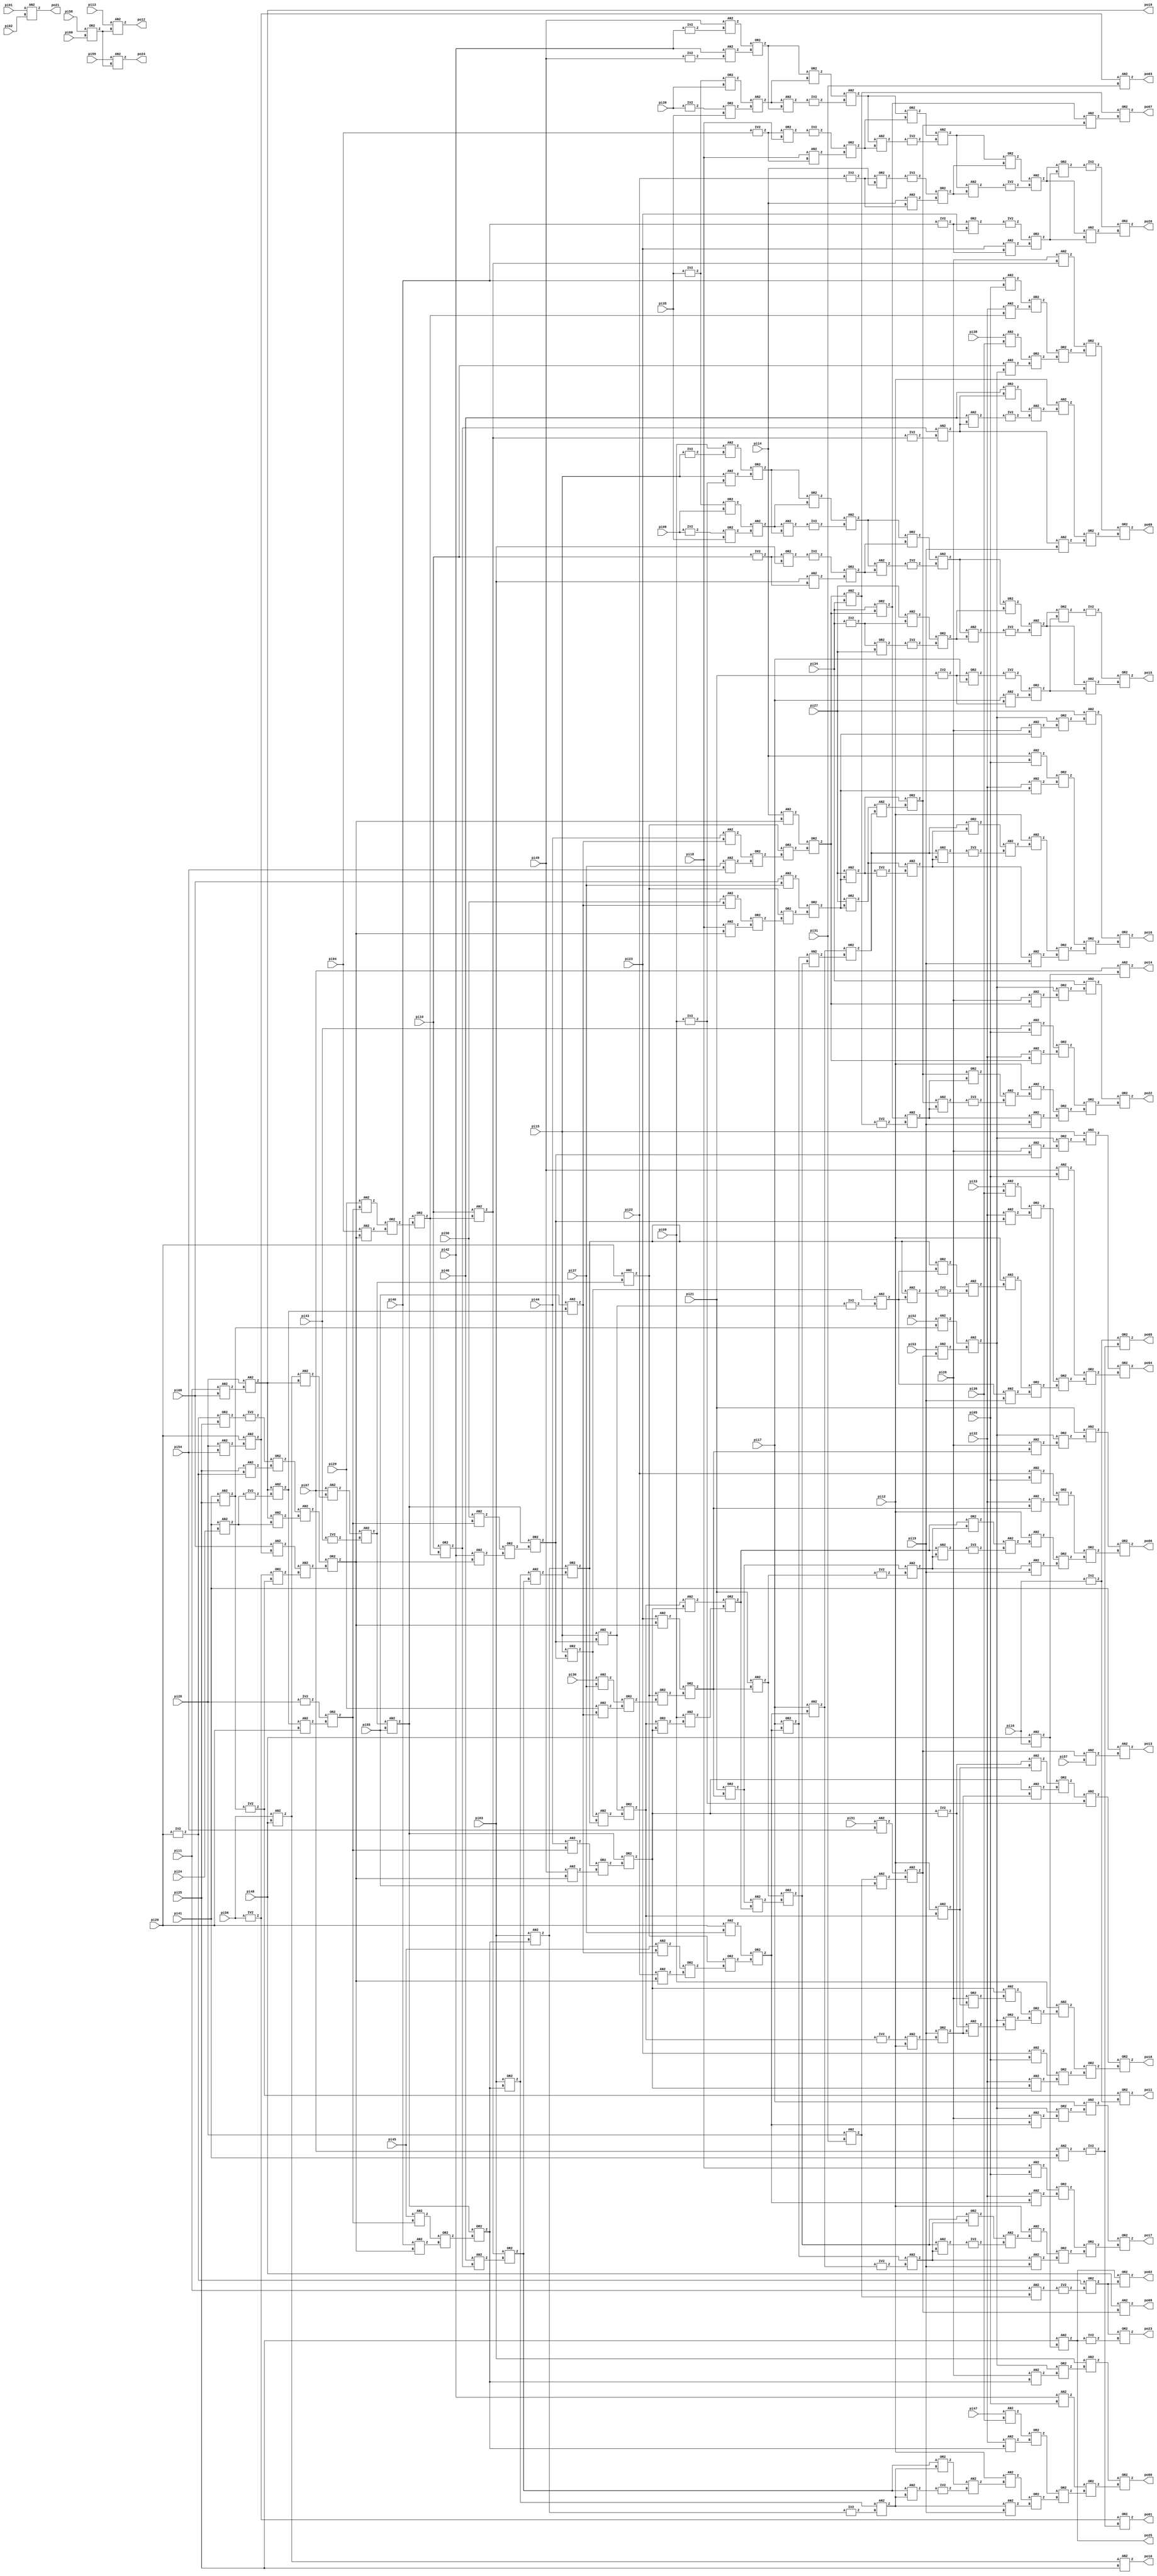
module C880_lev2(pi00, pi01, pi02, pi03, pi04, pi05, pi06, pi07, pi08, pi09, 
	pi10, pi11, pi12, pi13, pi14, pi15, pi16, pi17, pi18, pi19, 
	pi20, pi21, pi22, pi23, pi24, pi25, pi26, pi27, pi28, pi29, 
	pi30, pi31, pi32, pi33, pi34, pi35, pi36, pi37, pi38, pi39, 
	pi40, pi41, pi42, pi43, pi44, pi45, pi46, pi47, pi48, pi49, 
	pi50, pi51, pi52, pi53, pi54, pi55, pi56, pi57, pi58, pi59, 
	po00, po01, po02, po03, po04, po05, po06, po07, po08, po09, 
	po10, po11, po12, po13, po14, po15, po16, po17, po18, po19, 
	po20, po21, po22, po23, po24, po25);

input pi00, pi01, pi02, pi03, pi04, pi05, pi06, pi07, pi08, pi09, 
	pi10, pi11, pi12, pi13, pi14, pi15, pi16, pi17, pi18, pi19, 
	pi20, pi21, pi22, pi23, pi24, pi25, pi26, pi27, pi28, pi29, 
	pi30, pi31, pi32, pi33, pi34, pi35, pi36, pi37, pi38, pi39, 
	pi40, pi41, pi42, pi43, pi44, pi45, pi46, pi47, pi48, pi49, 
	pi50, pi51, pi52, pi53, pi54, pi55, pi56, pi57, pi58, pi59;

output po00, po01, po02, po03, po04, po05, po06, po07, po08, po09, 
	po10, po11, po12, po13, po14, po15, po16, po17, po18, po19, 
	po20, po21, po22, po23, po24, po25;

wire n137, n346, n364, n415, n295, n427, n351, n377, n454, n357, 
	n358, n359, n360, n361, n362, n363, n365, n366, n367, n368, 
	n369, n370, n371, n372, n373, n374, n375, n376, n378, n379, 
	n380, n381, n382, n383, n384, n385, n386, n387, n388, n389, 
	n390, n391, n392, n393, n394, n395, n396, n397, n398, n399, 
	n400, n401, n402, n403, n404, n405, n406, n407, n408, n409, 
	n410, n411, n412, n413, n414, n416, n417, n418, n419, n420, 
	n421, n422, n423, n424, n425, n426, n428, n429, n430, n431, 
	n432, n433, n434, n435, n436, n437, n438, n439, n440, n441, 
	n442, n443, n444, n445, n446, n447, n448, n449, n450, n451, 
	n452, n453, n455, n456, n457, n458, n459, n460, n461, n462, 
	n463, n464, n465, n466, n467, n468, n469, n470, n471, n472, 
	n473, n474, n475, n476, n477, n478, n479, n480, n481, n482, 
	n483, n484, n485, n486, n487, n488, n489, n490, n491, n492, 
	n493, n494, n495, n496, n497, n498, n499, n500, n501, n502, 
	n503, n504, n505, n506, n507, n508, n509, n510, n511, n512, 
	n513, n514, n515, n516, n517, n518, n519, n520, n521, n522, 
	n523, n524, n525, n526, n527, n528, n529, n530, n531, n532, 
	n533, n534, n535, n536, n537, n538, n539, n540, n541, n542, 
	n543, n544, n545, n546, n547, n548, n549, n550, n551, n552, 
	n553, n554, n555, n556, n557, n558, n559, n560, n561, n562, 
	n563, n564, n565, n566, n567, n568, n569, n570, n571, n572, 
	n573, n574, n575, n576, n577, n578, n579, n580, n581, n582, 
	n583, n584, n585, n586, n587, n588, n589, n590, n591, n592, 
	n593, n594, n595, n596, n597, n598, n599, n600, n601, n602, 
	n603, n604, n605, n606, n607, n608, n609, n610, n611, n612, 
	n613, n614, n615, n616, n617, n618, n619, n620, n621, n622, 
	n623, n624, n625, n626, n627, n628, n629, n630, n631, n632, 
	n633, n634, n635, n636, n637, n638, n639, n640, n641, n642, 
	n643, n644, n645, n646, n647, n648, n649, n650, n651, n652, 
	n653, n654, n655, n656, n657, n658, n659, n660, n661, n662, 
	n663, n664, n665, n666, n667, n668, n669, n670, n671, n672, 
	n673, n674, n675, n676, n677, n678, n679, n680, n681, n682, 
	n683, n684, n685, n686, n687, n688, n689, n690, n691, n692, 
	n693, n694, n695, n696;


assign po22 = n137;
assign po19 = n346;
assign po16 = n364;
assign po17 = n415;
assign po18 = n295;
assign po00 = n427;
assign po09 = n351;
assign po04 = n377;
assign po06 = n454;
  AN2 U371 ( .A(pi11), .B(pi08), .Z(n357));
  AN2 U372 ( .A(pi28), .B(n357), .Z(n346));
  AN2 U373 ( .A(pi41), .B(pi25), .Z(n369));
  AN2 U374 ( .A(pi52), .B(n369), .Z(n361));
  AN2 U375 ( .A(pi51), .B(pi54), .Z(n359));
  AN2 U376 ( .A(pi28), .B(pi31), .Z(n604));
  AN2 U377 ( .A(n604), .B(pi55), .Z(n358));
  AN2 U378 ( .A(n359), .B(n358), .Z(n602));
  AN2 U379 ( .A(pi53), .B(n602), .Z(n360));
  AN2 U380 ( .A(n361), .B(n360), .Z(n577));
  IV2 U381 ( .A(pi20), .Z(n607));
  OR2 U382 ( .A(n607), .B(pi25), .Z(n362));
  IV2 U383 ( .A(n362), .Z(n365));
  AN2 U384 ( .A(pi25), .B(n607), .Z(n363));
  OR2 U385 ( .A(n365), .B(n363), .Z(n367));
  AN2 U386 ( .A(pi41), .B(pi24), .Z(n378));
  AN2 U387 ( .A(n346), .B(n378), .Z(n366));
  AN2 U388 ( .A(n367), .B(n366), .Z(n373));
  AN2 U389 ( .A(pi28), .B(pi54), .Z(n368));
  AN2 U390 ( .A(pi20), .B(n368), .Z(n603));
  AN2 U391 ( .A(pi08), .B(n603), .Z(n371));
  IV2 U392 ( .A(pi56), .Z(n694));
  IV2 U393 ( .A(n369), .Z(n692));
  OR2 U394 ( .A(n694), .B(n692), .Z(n370));
  AN2 U395 ( .A(n371), .B(n370), .Z(n372));
  OR2 U396 ( .A(n373), .B(n372), .Z(n424));
  AN2 U397 ( .A(pi14), .B(n424), .Z(n384));
  AN2 U398 ( .A(pi56), .B(pi48), .Z(n608));
  AN2 U399 ( .A(n608), .B(n346), .Z(n374));
  AN2 U400 ( .A(pi07), .B(n374), .Z(n376));
  IV2 U401 ( .A(pi43), .Z(n375));
  AN2 U402 ( .A(n376), .B(n375), .Z(n406));
  AN2 U403 ( .A(pi20), .B(n406), .Z(n403));
  IV2 U404 ( .A(n378), .Z(n379));
  AN2 U405 ( .A(n346), .B(n379), .Z(n407));
  AN2 U406 ( .A(pi55), .B(n407), .Z(n399));
  AN2 U407 ( .A(pi44), .B(n399), .Z(n381));
  AN2 U408 ( .A(pi37), .B(pi54), .Z(n380));
  OR2 U409 ( .A(n381), .B(n380), .Z(n382));
  OR2 U410 ( .A(n403), .B(n382), .Z(n383));
  OR2 U411 ( .A(n384), .B(n383), .Z(n436));
  AN2 U412 ( .A(pi26), .B(n436), .Z(n385));
  OR2 U413 ( .A(n577), .B(n385), .Z(n386));
  AN2 U414 ( .A(pi34), .B(n386), .Z(n448));
  AN2 U415 ( .A(pi43), .B(pi05), .Z(n388));
  AN2 U416 ( .A(pi32), .B(n436), .Z(n387));
  OR2 U417 ( .A(n388), .B(n387), .Z(n446));
  AN2 U418 ( .A(pi08), .B(pi37), .Z(n393));
  AN2 U419 ( .A(pi50), .B(n399), .Z(n390));
  AN2 U420 ( .A(pi18), .B(n424), .Z(n389));
  OR2 U421 ( .A(n390), .B(n389), .Z(n391));
  OR2 U422 ( .A(n403), .B(n391), .Z(n392));
  OR2 U423 ( .A(n393), .B(n392), .Z(n494));
  AN2 U424 ( .A(pi27), .B(n494), .Z(n497));
  OR2 U425 ( .A(pi27), .B(n494), .Z(n499));
  AN2 U426 ( .A(pi20), .B(pi37), .Z(n398));
  AN2 U427 ( .A(pi45), .B(n399), .Z(n395));
  AN2 U428 ( .A(pi22), .B(n424), .Z(n394));
  OR2 U429 ( .A(n395), .B(n394), .Z(n396));
  OR2 U430 ( .A(n403), .B(n396), .Z(n397));
  OR2 U431 ( .A(n398), .B(n397), .Z(n536));
  AN2 U432 ( .A(pi17), .B(n536), .Z(n539));
  OR2 U433 ( .A(pi17), .B(n536), .Z(n541));
  AN2 U434 ( .A(pi23), .B(n424), .Z(n405));
  AN2 U435 ( .A(pi30), .B(pi37), .Z(n401));
  AN2 U436 ( .A(pi29), .B(n399), .Z(n400));
  OR2 U437 ( .A(n401), .B(n400), .Z(n402));
  OR2 U438 ( .A(n403), .B(n402), .Z(n404));
  OR2 U439 ( .A(n405), .B(n404), .Z(n579));
  AN2 U440 ( .A(pi21), .B(n579), .Z(n582));
  OR2 U441 ( .A(pi21), .B(n579), .Z(n584));
  AN2 U442 ( .A(n406), .B(pi55), .Z(n429));
  IV2 U443 ( .A(pi28), .Z(n409));
  AN2 U444 ( .A(n407), .B(pi20), .Z(n408));
  OR2 U445 ( .A(n409), .B(n408), .Z(n423));
  AN2 U446 ( .A(pi50), .B(n423), .Z(n411));
  AN2 U447 ( .A(pi42), .B(n424), .Z(n410));
  OR2 U448 ( .A(n411), .B(n410), .Z(n412));
  OR2 U449 ( .A(n429), .B(n412), .Z(n514));
  AN2 U450 ( .A(pi15), .B(n514), .Z(n517));
  OR2 U451 ( .A(pi15), .B(n514), .Z(n519));
  AN2 U452 ( .A(pi45), .B(n423), .Z(n414));
  AN2 U453 ( .A(pi40), .B(n424), .Z(n413));
  OR2 U454 ( .A(n414), .B(n413), .Z(n416));
  OR2 U455 ( .A(n429), .B(n416), .Z(n556));
  AN2 U456 ( .A(pi03), .B(n556), .Z(n559));
  OR2 U457 ( .A(pi03), .B(n556), .Z(n561));
  AN2 U458 ( .A(pi29), .B(n423), .Z(n418));
  AN2 U459 ( .A(pi04), .B(n424), .Z(n417));
  OR2 U460 ( .A(n418), .B(n417), .Z(n419));
  OR2 U461 ( .A(n429), .B(n419), .Z(n471));
  AN2 U462 ( .A(pi10), .B(n471), .Z(n480));
  OR2 U463 ( .A(pi10), .B(n471), .Z(n482));
  AN2 U464 ( .A(pi46), .B(n482), .Z(n420));
  OR2 U465 ( .A(n480), .B(n420), .Z(n562));
  AN2 U466 ( .A(n561), .B(n562), .Z(n421));
  OR2 U467 ( .A(n559), .B(n421), .Z(n520));
  AN2 U468 ( .A(n519), .B(n520), .Z(n422));
  OR2 U469 ( .A(n517), .B(n422), .Z(n449));
  AN2 U470 ( .A(pi44), .B(n423), .Z(n426));
  AN2 U471 ( .A(pi49), .B(n424), .Z(n425));
  OR2 U472 ( .A(n426), .B(n425), .Z(n428));
  OR2 U473 ( .A(n429), .B(n428), .Z(n464));
  AN2 U474 ( .A(n449), .B(n464), .Z(n432));
  OR2 U475 ( .A(n449), .B(n464), .Z(n430));
  AN2 U476 ( .A(pi09), .B(n430), .Z(n431));
  OR2 U477 ( .A(n432), .B(n431), .Z(n585));
  AN2 U478 ( .A(n584), .B(n585), .Z(n433));
  OR2 U479 ( .A(n582), .B(n433), .Z(n542));
  AN2 U480 ( .A(n541), .B(n542), .Z(n434));
  OR2 U481 ( .A(n539), .B(n434), .Z(n500));
  AN2 U482 ( .A(n499), .B(n500), .Z(n435));
  OR2 U483 ( .A(n497), .B(n435), .Z(n597));
  OR2 U484 ( .A(pi34), .B(n436), .Z(n598));
  AN2 U485 ( .A(n436), .B(pi34), .Z(n600));
  IV2 U486 ( .A(n600), .Z(n437));
  AN2 U487 ( .A(n598), .B(n437), .Z(n442));
  OR2 U488 ( .A(n597), .B(n442), .Z(n440));
  AN2 U489 ( .A(n597), .B(n442), .Z(n438));
  IV2 U490 ( .A(n438), .Z(n439));
  AN2 U491 ( .A(n440), .B(n439), .Z(n441));
  AN2 U492 ( .A(pi12), .B(n441), .Z(n444));
  AN2 U493 ( .A(n442), .B(pi19), .Z(n443));
  OR2 U494 ( .A(n444), .B(n443), .Z(n445));
  OR2 U495 ( .A(n446), .B(n445), .Z(n447));
  OR2 U496 ( .A(n448), .B(n447), .Z(n137));
  IV2 U497 ( .A(n464), .Z(n459));
  AN2 U498 ( .A(pi12), .B(n449), .Z(n456));
  AN2 U499 ( .A(n459), .B(n456), .Z(n453));
  IV2 U500 ( .A(n449), .Z(n450));
  AN2 U501 ( .A(n450), .B(pi12), .Z(n451));
  OR2 U502 ( .A(pi19), .B(n451), .Z(n458));
  AN2 U503 ( .A(n464), .B(n458), .Z(n452));
  OR2 U504 ( .A(n453), .B(n452), .Z(n455));
  IV2 U505 ( .A(pi09), .Z(n612));
  AN2 U506 ( .A(n455), .B(n612), .Z(n470));
  OR2 U507 ( .A(pi26), .B(n456), .Z(n457));
  AN2 U508 ( .A(n464), .B(n457), .Z(n462));
  AN2 U509 ( .A(n459), .B(n458), .Z(n460));
  OR2 U510 ( .A(n577), .B(n460), .Z(n461));
  OR2 U511 ( .A(n462), .B(n461), .Z(n463));
  AN2 U512 ( .A(pi09), .B(n463), .Z(n468));
  AN2 U513 ( .A(pi23), .B(pi05), .Z(n466));
  AN2 U514 ( .A(pi32), .B(n464), .Z(n465));
  OR2 U515 ( .A(n466), .B(n465), .Z(n467));
  OR2 U516 ( .A(n468), .B(n467), .Z(n469));
  OR2 U517 ( .A(n470), .B(n469), .Z(n295));
  AN2 U518 ( .A(pi26), .B(n480), .Z(n479));
  AN2 U519 ( .A(pi40), .B(pi05), .Z(n473));
  AN2 U520 ( .A(pi32), .B(n471), .Z(n472));
  OR2 U521 ( .A(n473), .B(n472), .Z(n477));
  AN2 U522 ( .A(pi38), .B(pi36), .Z(n475));
  AN2 U523 ( .A(pi10), .B(n577), .Z(n474));
  OR2 U524 ( .A(n475), .B(n474), .Z(n476));
  OR2 U525 ( .A(n477), .B(n476), .Z(n478));
  OR2 U526 ( .A(n479), .B(n478), .Z(n491));
  IV2 U527 ( .A(n480), .Z(n481));
  AN2 U528 ( .A(n482), .B(n481), .Z(n487));
  OR2 U529 ( .A(pi46), .B(n487), .Z(n485));
  AN2 U530 ( .A(pi46), .B(n487), .Z(n483));
  IV2 U531 ( .A(n483), .Z(n484));
  AN2 U532 ( .A(n485), .B(n484), .Z(n486));
  AN2 U533 ( .A(pi12), .B(n486), .Z(n489));
  AN2 U534 ( .A(n487), .B(pi19), .Z(n488));
  OR2 U535 ( .A(n489), .B(n488), .Z(n490));
  OR2 U536 ( .A(n491), .B(n490), .Z(n351));
  AN2 U537 ( .A(pi26), .B(n494), .Z(n492));
  OR2 U538 ( .A(n577), .B(n492), .Z(n493));
  AN2 U539 ( .A(pi27), .B(n493), .Z(n511));
  AN2 U540 ( .A(pi14), .B(pi05), .Z(n496));
  AN2 U541 ( .A(pi32), .B(n494), .Z(n495));
  OR2 U542 ( .A(n496), .B(n495), .Z(n509));
  IV2 U543 ( .A(n497), .Z(n498));
  AN2 U544 ( .A(n499), .B(n498), .Z(n505));
  OR2 U545 ( .A(n500), .B(n505), .Z(n503));
  AN2 U546 ( .A(n500), .B(n505), .Z(n501));
  IV2 U547 ( .A(n501), .Z(n502));
  AN2 U548 ( .A(n503), .B(n502), .Z(n504));
  AN2 U549 ( .A(pi12), .B(n504), .Z(n507));
  AN2 U550 ( .A(n505), .B(pi19), .Z(n506));
  OR2 U551 ( .A(n507), .B(n506), .Z(n508));
  OR2 U552 ( .A(n509), .B(n508), .Z(n510));
  OR2 U553 ( .A(n511), .B(n510), .Z(n364));
  AN2 U554 ( .A(pi26), .B(n514), .Z(n512));
  OR2 U555 ( .A(n577), .B(n512), .Z(n513));
  AN2 U556 ( .A(pi15), .B(n513), .Z(n533));
  AN2 U557 ( .A(pi49), .B(pi05), .Z(n531));
  AN2 U558 ( .A(pi33), .B(pi36), .Z(n516));
  AN2 U559 ( .A(pi32), .B(n514), .Z(n515));
  OR2 U560 ( .A(n516), .B(n515), .Z(n529));
  IV2 U561 ( .A(n517), .Z(n518));
  AN2 U562 ( .A(n519), .B(n518), .Z(n525));
  OR2 U563 ( .A(n520), .B(n525), .Z(n523));
  AN2 U564 ( .A(n520), .B(n525), .Z(n521));
  IV2 U565 ( .A(n521), .Z(n522));
  AN2 U566 ( .A(n523), .B(n522), .Z(n524));
  AN2 U567 ( .A(pi12), .B(n524), .Z(n527));
  AN2 U568 ( .A(n525), .B(pi19), .Z(n526));
  OR2 U569 ( .A(n527), .B(n526), .Z(n528));
  OR2 U570 ( .A(n529), .B(n528), .Z(n530));
  OR2 U571 ( .A(n531), .B(n530), .Z(n532));
  OR2 U572 ( .A(n533), .B(n532), .Z(n377));
  AN2 U573 ( .A(pi26), .B(n536), .Z(n534));
  OR2 U574 ( .A(n577), .B(n534), .Z(n535));
  AN2 U575 ( .A(pi17), .B(n535), .Z(n553));
  AN2 U576 ( .A(pi18), .B(pi05), .Z(n538));
  AN2 U577 ( .A(pi32), .B(n536), .Z(n537));
  OR2 U578 ( .A(n538), .B(n537), .Z(n551));
  IV2 U579 ( .A(n539), .Z(n540));
  AN2 U580 ( .A(n541), .B(n540), .Z(n547));
  OR2 U581 ( .A(n542), .B(n547), .Z(n545));
  AN2 U582 ( .A(n542), .B(n547), .Z(n543));
  IV2 U583 ( .A(n543), .Z(n544));
  AN2 U584 ( .A(n545), .B(n544), .Z(n546));
  AN2 U585 ( .A(pi12), .B(n546), .Z(n549));
  AN2 U586 ( .A(n547), .B(pi19), .Z(n548));
  OR2 U587 ( .A(n549), .B(n548), .Z(n550));
  OR2 U588 ( .A(n551), .B(n550), .Z(n552));
  OR2 U589 ( .A(n553), .B(n552), .Z(n415));
  AN2 U590 ( .A(pi26), .B(n556), .Z(n554));
  OR2 U591 ( .A(n577), .B(n554), .Z(n555));
  AN2 U592 ( .A(pi03), .B(n555), .Z(n575));
  AN2 U593 ( .A(pi42), .B(pi05), .Z(n573));
  AN2 U594 ( .A(pi47), .B(pi36), .Z(n558));
  AN2 U595 ( .A(pi32), .B(n556), .Z(n557));
  OR2 U596 ( .A(n558), .B(n557), .Z(n571));
  IV2 U597 ( .A(n559), .Z(n560));
  AN2 U598 ( .A(n561), .B(n560), .Z(n567));
  OR2 U599 ( .A(n562), .B(n567), .Z(n565));
  AN2 U600 ( .A(n562), .B(n567), .Z(n563));
  IV2 U601 ( .A(n563), .Z(n564));
  AN2 U602 ( .A(n565), .B(n564), .Z(n566));
  AN2 U603 ( .A(pi12), .B(n566), .Z(n569));
  AN2 U604 ( .A(n567), .B(pi19), .Z(n568));
  OR2 U605 ( .A(n569), .B(n568), .Z(n570));
  OR2 U606 ( .A(n571), .B(n570), .Z(n572));
  OR2 U607 ( .A(n573), .B(n572), .Z(n574));
  OR2 U608 ( .A(n575), .B(n574), .Z(n427));
  AN2 U609 ( .A(pi26), .B(n579), .Z(n576));
  OR2 U610 ( .A(n577), .B(n576), .Z(n578));
  AN2 U611 ( .A(pi21), .B(n578), .Z(n596));
  AN2 U612 ( .A(pi22), .B(pi05), .Z(n581));
  AN2 U613 ( .A(pi32), .B(n579), .Z(n580));
  OR2 U614 ( .A(n581), .B(n580), .Z(n594));
  IV2 U615 ( .A(n582), .Z(n583));
  AN2 U616 ( .A(n584), .B(n583), .Z(n590));
  OR2 U617 ( .A(n585), .B(n590), .Z(n588));
  AN2 U618 ( .A(n585), .B(n590), .Z(n586));
  IV2 U619 ( .A(n586), .Z(n587));
  AN2 U620 ( .A(n588), .B(n587), .Z(n589));
  AN2 U621 ( .A(pi12), .B(n589), .Z(n592));
  AN2 U622 ( .A(n590), .B(pi19), .Z(n591));
  OR2 U623 ( .A(n592), .B(n591), .Z(n593));
  OR2 U624 ( .A(n594), .B(n593), .Z(n595));
  OR2 U625 ( .A(n596), .B(n595), .Z(n454));
  AN2 U626 ( .A(n598), .B(n597), .Z(n599));
  OR2 U627 ( .A(n600), .B(n599), .Z(po07));
  OR2 U628 ( .A(pi58), .B(pi00), .Z(n609));
  AN2 U629 ( .A(pi59), .B(n609), .Z(po24));
  AN2 U630 ( .A(n602), .B(pi57), .Z(n601));
  AN2 U631 ( .A(pi41), .B(n601), .Z(po13));
  AN2 U632 ( .A(pi48), .B(n602), .Z(po08));
  AN2 U633 ( .A(n603), .B(pi31), .Z(po03));
  AN2 U634 ( .A(pi48), .B(pi16), .Z(n610));
  AN2 U635 ( .A(pi25), .B(n610), .Z(po25));
  AN2 U636 ( .A(pi11), .B(n604), .Z(n605));
  IV2 U637 ( .A(n605), .Z(n606));
  OR2 U638 ( .A(n607), .B(n606), .Z(n691));
  OR2 U639 ( .A(po25), .B(n691), .Z(po02));
  AN2 U640 ( .A(n608), .B(pi25), .Z(po10));
  AN2 U641 ( .A(pi13), .B(n609), .Z(po12));
  AN2 U642 ( .A(pi07), .B(n610), .Z(po14));
  IV2 U643 ( .A(pi15), .Z(n611));
  AN2 U644 ( .A(pi09), .B(n611), .Z(n614));
  AN2 U645 ( .A(pi15), .B(n612), .Z(n613));
  OR2 U646 ( .A(n614), .B(n613), .Z(n618));
  IV2 U647 ( .A(pi35), .Z(n654));
  OR2 U648 ( .A(n654), .B(pi06), .Z(n617));
  IV2 U649 ( .A(pi06), .Z(n615));
  OR2 U650 ( .A(n615), .B(pi35), .Z(n616));
  AN2 U651 ( .A(n617), .B(n616), .Z(n619));
  OR2 U652 ( .A(n618), .B(n619), .Z(n622));
  AN2 U653 ( .A(n619), .B(n618), .Z(n620));
  IV2 U654 ( .A(n620), .Z(n621));
  AN2 U655 ( .A(n622), .B(n621), .Z(n628));
  IV2 U656 ( .A(pi10), .Z(n624));
  OR2 U657 ( .A(n624), .B(pi03), .Z(n623));
  IV2 U658 ( .A(n623), .Z(n626));
  AN2 U659 ( .A(pi03), .B(n624), .Z(n625));
  OR2 U660 ( .A(n626), .B(n625), .Z(n627));
  OR2 U661 ( .A(n628), .B(n627), .Z(n631));
  AN2 U662 ( .A(n628), .B(n627), .Z(n629));
  IV2 U663 ( .A(n629), .Z(n630));
  AN2 U664 ( .A(n631), .B(n630), .Z(n637));
  IV2 U665 ( .A(pi34), .Z(n632));
  AN2 U666 ( .A(pi27), .B(n632), .Z(n635));
  OR2 U667 ( .A(n632), .B(pi27), .Z(n633));
  IV2 U668 ( .A(n633), .Z(n634));
  OR2 U669 ( .A(n635), .B(n634), .Z(n636));
  OR2 U670 ( .A(n637), .B(n636), .Z(n640));
  AN2 U671 ( .A(n637), .B(n636), .Z(n638));
  IV2 U672 ( .A(n638), .Z(n639));
  AN2 U673 ( .A(n640), .B(n639), .Z(n647));
  IV2 U674 ( .A(pi21), .Z(n642));
  OR2 U675 ( .A(n642), .B(pi17), .Z(n641));
  IV2 U676 ( .A(n641), .Z(n644));
  AN2 U677 ( .A(pi17), .B(n642), .Z(n643));
  OR2 U678 ( .A(n644), .B(n643), .Z(n646));
  OR2 U679 ( .A(n647), .B(n646), .Z(n645));
  IV2 U680 ( .A(n645), .Z(n649));
  AN2 U681 ( .A(n647), .B(n646), .Z(n648));
  OR2 U682 ( .A(n649), .B(n648), .Z(po15));
  IV2 U683 ( .A(pi42), .Z(n650));
  AN2 U684 ( .A(pi49), .B(n650), .Z(n653));
  IV2 U685 ( .A(pi49), .Z(n651));
  AN2 U686 ( .A(pi42), .B(n651), .Z(n652));
  OR2 U687 ( .A(n653), .B(n652), .Z(n658));
  OR2 U688 ( .A(n654), .B(pi39), .Z(n657));
  IV2 U689 ( .A(pi39), .Z(n655));
  OR2 U690 ( .A(n655), .B(pi35), .Z(n656));
  AN2 U691 ( .A(n657), .B(n656), .Z(n659));
  OR2 U692 ( .A(n658), .B(n659), .Z(n662));
  AN2 U693 ( .A(n659), .B(n658), .Z(n660));
  IV2 U694 ( .A(n660), .Z(n661));
  AN2 U695 ( .A(n662), .B(n661), .Z(n668));
  IV2 U696 ( .A(pi04), .Z(n664));
  OR2 U697 ( .A(n664), .B(pi18), .Z(n663));
  IV2 U698 ( .A(n663), .Z(n666));
  AN2 U699 ( .A(pi18), .B(n664), .Z(n665));
  OR2 U700 ( .A(n666), .B(n665), .Z(n667));
  OR2 U701 ( .A(n668), .B(n667), .Z(n671));
  AN2 U702 ( .A(n668), .B(n667), .Z(n669));
  IV2 U703 ( .A(n669), .Z(n670));
  AN2 U704 ( .A(n671), .B(n670), .Z(n677));
  IV2 U705 ( .A(pi22), .Z(n673));
  OR2 U706 ( .A(n673), .B(pi14), .Z(n672));
  IV2 U707 ( .A(n672), .Z(n675));
  AN2 U708 ( .A(pi14), .B(n673), .Z(n674));
  OR2 U709 ( .A(n675), .B(n674), .Z(n676));
  OR2 U710 ( .A(n677), .B(n676), .Z(n680));
  AN2 U711 ( .A(n677), .B(n676), .Z(n678));
  IV2 U712 ( .A(n678), .Z(n679));
  AN2 U713 ( .A(n680), .B(n679), .Z(n687));
  IV2 U714 ( .A(pi40), .Z(n682));
  OR2 U715 ( .A(n682), .B(pi23), .Z(n681));
  IV2 U716 ( .A(n681), .Z(n684));
  AN2 U717 ( .A(pi23), .B(n682), .Z(n683));
  OR2 U718 ( .A(n684), .B(n683), .Z(n686));
  OR2 U719 ( .A(n687), .B(n686), .Z(n685));
  IV2 U720 ( .A(n685), .Z(n689));
  AN2 U721 ( .A(n687), .B(n686), .Z(n688));
  OR2 U722 ( .A(n689), .B(n688), .Z(po20));
  AN2 U723 ( .A(pi01), .B(pi02), .Z(po21));
  IV2 U724 ( .A(po25), .Z(n690));
  OR2 U725 ( .A(n691), .B(n690), .Z(po23));
  IV2 U726 ( .A(pi16), .Z(n696));
  OR2 U727 ( .A(n692), .B(n696), .Z(po11));
  AN2 U728 ( .A(pi07), .B(pi41), .Z(n693));
  IV2 U729 ( .A(n693), .Z(n695));
  OR2 U730 ( .A(n694), .B(n695), .Z(po01));
  OR2 U731 ( .A(n696), .B(n695), .Z(po05));

endmodule

module IV2(A,  Z);
  input A;
  output Z;

  assign Z = ~A;
endmodule

module AN2(A,  B,  Z);
  input A,  B;
  output Z;

  assign Z = A & B;
endmodule

module OR2(A,  B,  Z);
  input A,  B;
  output Z;

  assign Z = A | B;
endmodule